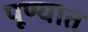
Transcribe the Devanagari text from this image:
पूण्यात